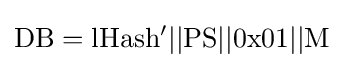
\mathrm {DB} =\mathrm {lHash'} ||\mathrm {PS} ||\mathrm {0x01} ||\mathrm {M}